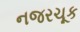
નજરચૂક